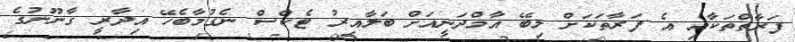
ފަރާތްތަކާއި އެ ފަރާތަކަށް ލިބޭ އާމްދަނީއަށް ބަލާއިރު ޓެކްސް ނެގުމާބެހޭ އިދާރީ ގާނޫނުގެ